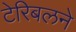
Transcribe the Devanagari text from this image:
टेरिबलने